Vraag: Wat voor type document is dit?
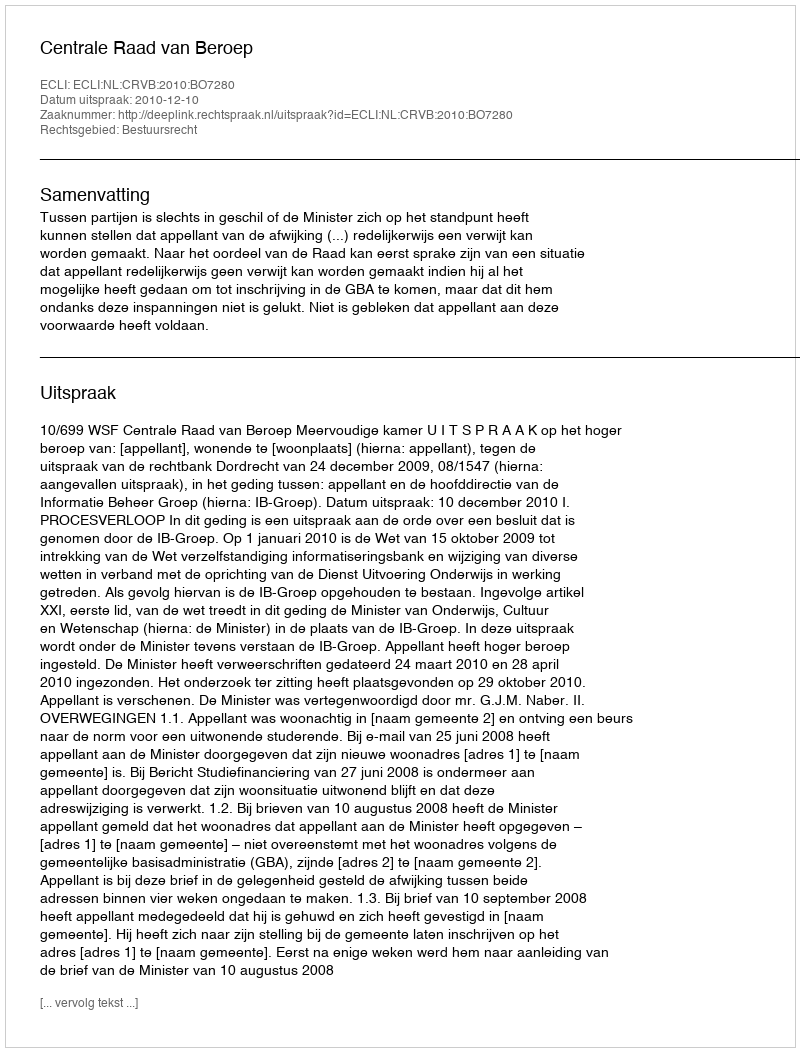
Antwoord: Uitspraak